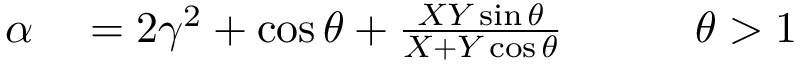
\begin{array} { r l r } { \alpha } & { { } = 2 \gamma ^ { 2 } + \cos \theta + \frac { X Y \sin \theta } { X + Y \cos \theta } \qquad } & { \theta > 1 } \end{array}